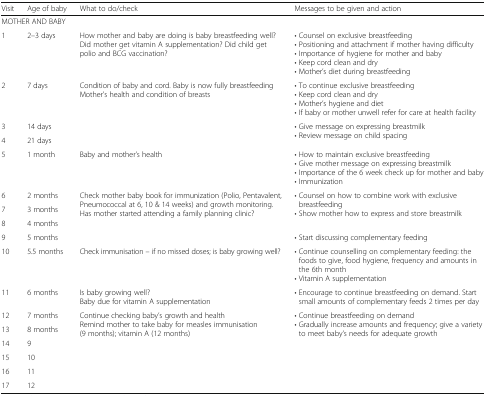
<table><thead><tr><td><b>Visit</b></td><td><b>Age of baby</b></td><td><b>What to do/check</b></td><td><b>Messages to be given and action</b></td></tr></thead><tbody><tr><td colspan="4">MOTHER AND BABY</td></tr><tr><td>1</td><td>2–3 days</td><td>How mother and baby are doing is baby breastfeeding well? Did mother get vitamin A supplementation? Did child get polio and BCG vaccination?</td><td>• Counsel on exclusive breastfeeding• Positioning and attachment if mother having difficulty• Importance of hygiene for mother and baby• Keep cord clean and dry• Mother’s diet during breastfeeding</td></tr><tr><td>2</td><td>7 days</td><td>Condition of baby and cord. Baby is now fully breastfeedingMother’s health and condition of breasts</td><td>• To continue exclusive breastfeeding• Keep cord clean and dry• Mother’s hygiene and diet• If baby or mother unwell refer for care at health facility</td></tr><tr><td>3</td><td>14 days</td><td rowspan="2"></td><td rowspan="2">• Give message on expressing breastmilk• Review message on child spacing</td></tr><tr><td>4</td><td>21 days</td></tr><tr><td>5</td><td>1 month</td><td>Baby and mother’s health</td><td>• How to maintain exclusive breastfeeding• Give mother message on expressing breastmilk• Importance of the 6 week check up for mother and baby• Immunization</td></tr><tr><td>6</td><td>2 months</td><td rowspan="3">Check mother baby book for immunization (Polio, Pentavalent, Pneumococcal at 6, 10 &amp; 14 weeks) and growth monitoring. Has mother started attending a family planning clinic?</td><td rowspan="3">• Counsel on how to combine work with exclusive breastfeeding• Show mother how to express and store breastmilk</td></tr><tr><td>7</td><td>3 months</td></tr><tr><td>8</td><td>4 months</td></tr><tr><td>9</td><td>5 months</td><td></td><td>• Start discussing complementary feeding</td></tr><tr><td>10</td><td>5.5 months</td><td>Check immunisation – if no missed doses; is baby growing well?</td><td>• Continue counselling on complementary feeding: the foods to give, food hygiene, frequency and amounts in the 6th month• Vitamin A supplementation</td></tr><tr><td>11</td><td>6 months</td><td>Is baby growing well?Baby due for vitamin A supplementation</td><td>• Encourage to continue breastfeeding on demand. Start small amounts of complementary feeds 2 times per day</td></tr><tr><td>12</td><td>7 months</td><td rowspan="6">Continue checking baby’s growth and healthRemind mother to take baby for measles immunisation (9 months); vitamin A (12 months)</td><td rowspan="6">• Continue breastfeeding on demand• Gradually increase amounts and frequency; give a variety to meet baby’s needs for adequate growth</td></tr><tr><td>13</td><td>8 months</td></tr><tr><td>14</td><td>9</td></tr><tr><td>15</td><td>10</td></tr><tr><td>16</td><td>11</td></tr><tr><td>17</td><td>12</td></tr></tbody></table>